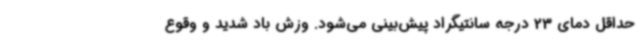
حداقل دمای 23 درجه سانتیگراد پیش‌بینی می‌شود. وزش باد شدید و وقوع